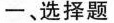
一、选择题